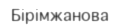
Бірімжанова